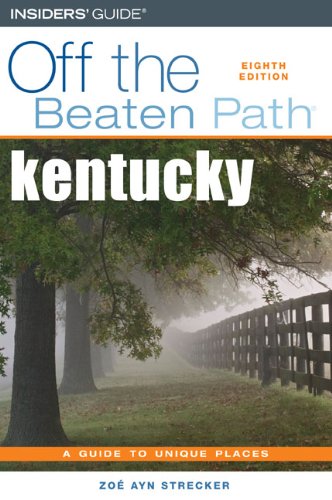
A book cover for Kentucky Off the Beaten Path, 8th (Off the Beaten Path Series); Zoe Ayn Strecker; Travel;